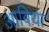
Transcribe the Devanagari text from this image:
आबिया